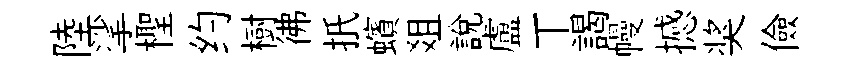
陸挲檉约樹彿扺蠙爼説盧丅謁幔撼奖儉